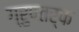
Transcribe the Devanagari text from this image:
ग्रुपतर्फ